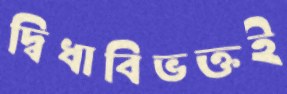
দ্বিধাবিভক্তই